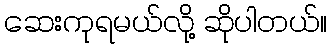
ဆေးကုရမယ်လို့ ဆိုပါတယ်။